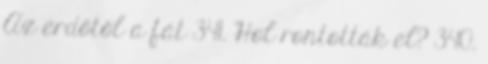
Az erdőtől a fát 341. Hol rontották el? 340.